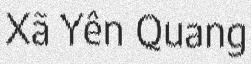
Xã Yên Quang